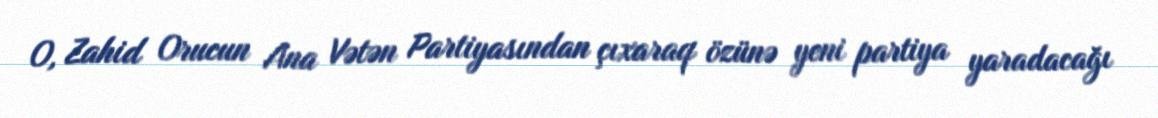
O, Zahid Orucun Ana Vətən Partiyasından çıxaraq özünə yeni partiya yaradacağı